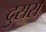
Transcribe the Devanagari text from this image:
द्रुसस